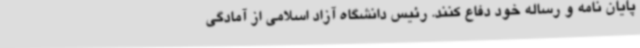
پایان نامه و رساله خود دفاع کنند. رئیس دانشگاه آزاد اسلامی از آمادگی